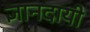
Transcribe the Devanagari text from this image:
ज्ञानदायी